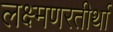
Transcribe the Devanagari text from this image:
लक्ष्मणरतीर्था